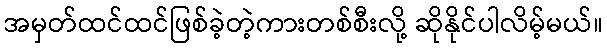
အမှတ်ထင်ထင်ဖြစ်ခဲ့တဲ့ကားတစ်စီးလို့ ဆိုနိုင်ပါလိမ့်မယ်။